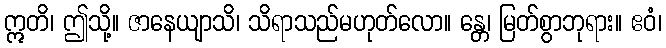
ဣတိ၊ ဤသို့။ ဇာနေယျာသိ၊ သိရာသည်မဟုတ်လော။ န္တေ၊ မြတ်စွာဘုရား။ ဧဝံ၊